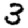
Digit: 3